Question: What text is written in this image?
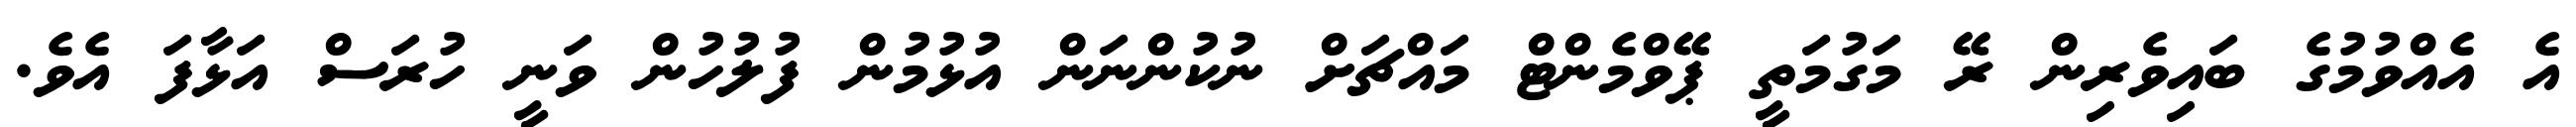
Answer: އެ އެއްވުމުގެ ބައިވެރިން ރޭ މަގުމަތީ ޕޭވްމެންޓް މައްޗަށް ނުކުންނަން އުޅުމުން ފުލުހުން ވަނީ ހުރަސް އަޅާފަ އެވެ.